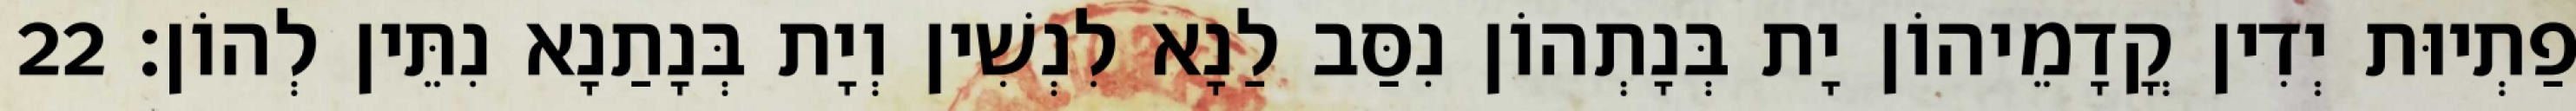
פַתְיוּת יְדִין קֳדָמֵיהוֹן יָת בְּנָתְהוֹן נִסַּב לַנָא לִנְשִׁין וְיָת בְּנָתַנָא נִתֵּין לְהוֹן׃ 22